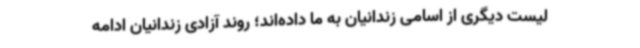
لیست دیگری از اسامی زندانیان به ما داده‌اند؛ روند آزادی زندانیان ادامه